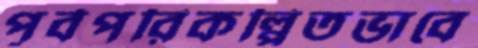
পূর্বপরিকল্পিতভাবে